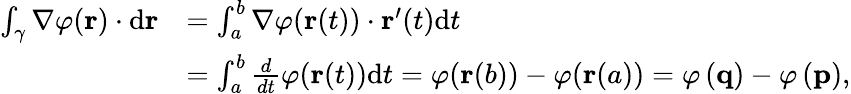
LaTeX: {\begin{array}{rl}{\int_{\gamma}\nabla\varphi(\mathbf{r})\cdot\mathrm{d}\mathbf{r}}&{=\int_{a}^{b}\nabla\varphi(\mathbf{r}(t))\cdot\mathbf{r}^{\prime}(t)\mathrm{d}t}\\ &{=\int_{a}^{b}{\frac{d}{dt}}\varphi(\mathbf{r}(t))\mathrm{d}t=\varphi(\mathbf{r}(b))-\varphi(\mathbf{r}(a))=\varphi\left(\mathbf{q}\right)-\varphi\left(\mathbf{p}\right),}\end{array}}